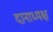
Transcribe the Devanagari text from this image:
दानाध्यक्ष